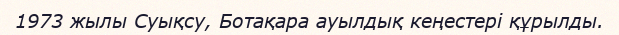
1973 жылы Суықсу, Ботақара ауылдық кеңестері құрылды.